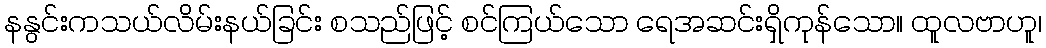
နနွင်းကသယ်လိမ်းနယ်ခြင်း စသည်ဖြင့် စင်ကြယ်သော ရေအဆင်းရှိကုန်သော။ ထူလဗာဟူ၊